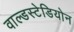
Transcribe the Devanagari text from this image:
वाल्डस्टेडियोन